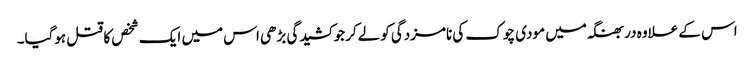
اس کے علاوہ دربھنگہ میں مودی چوک کی نامزدگی کولےکر جو کشیدگی بڑھی اس میں ایک شخص کا قتل ہوگیا۔